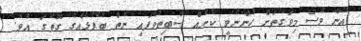
އޭނާ ވެސް މިވަގުތަށް ހުންނެވީ ކުށެއް ސާބިތުވެފައި ނެތް ބޭފުޅެއްގެ ގޮތުގަ އެވެ.